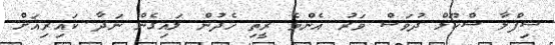
ސިފްލާ ސްކޫލް ދުވަސް ވަރު އެންމެ ރީތި ހެދުން ލައިގެން ނަދާ ކައިރިއަށް